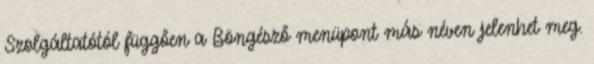
Szolgáltatótól függően a Böngésző menüpont más néven jelenhet meg.